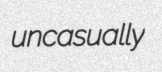
uncasually